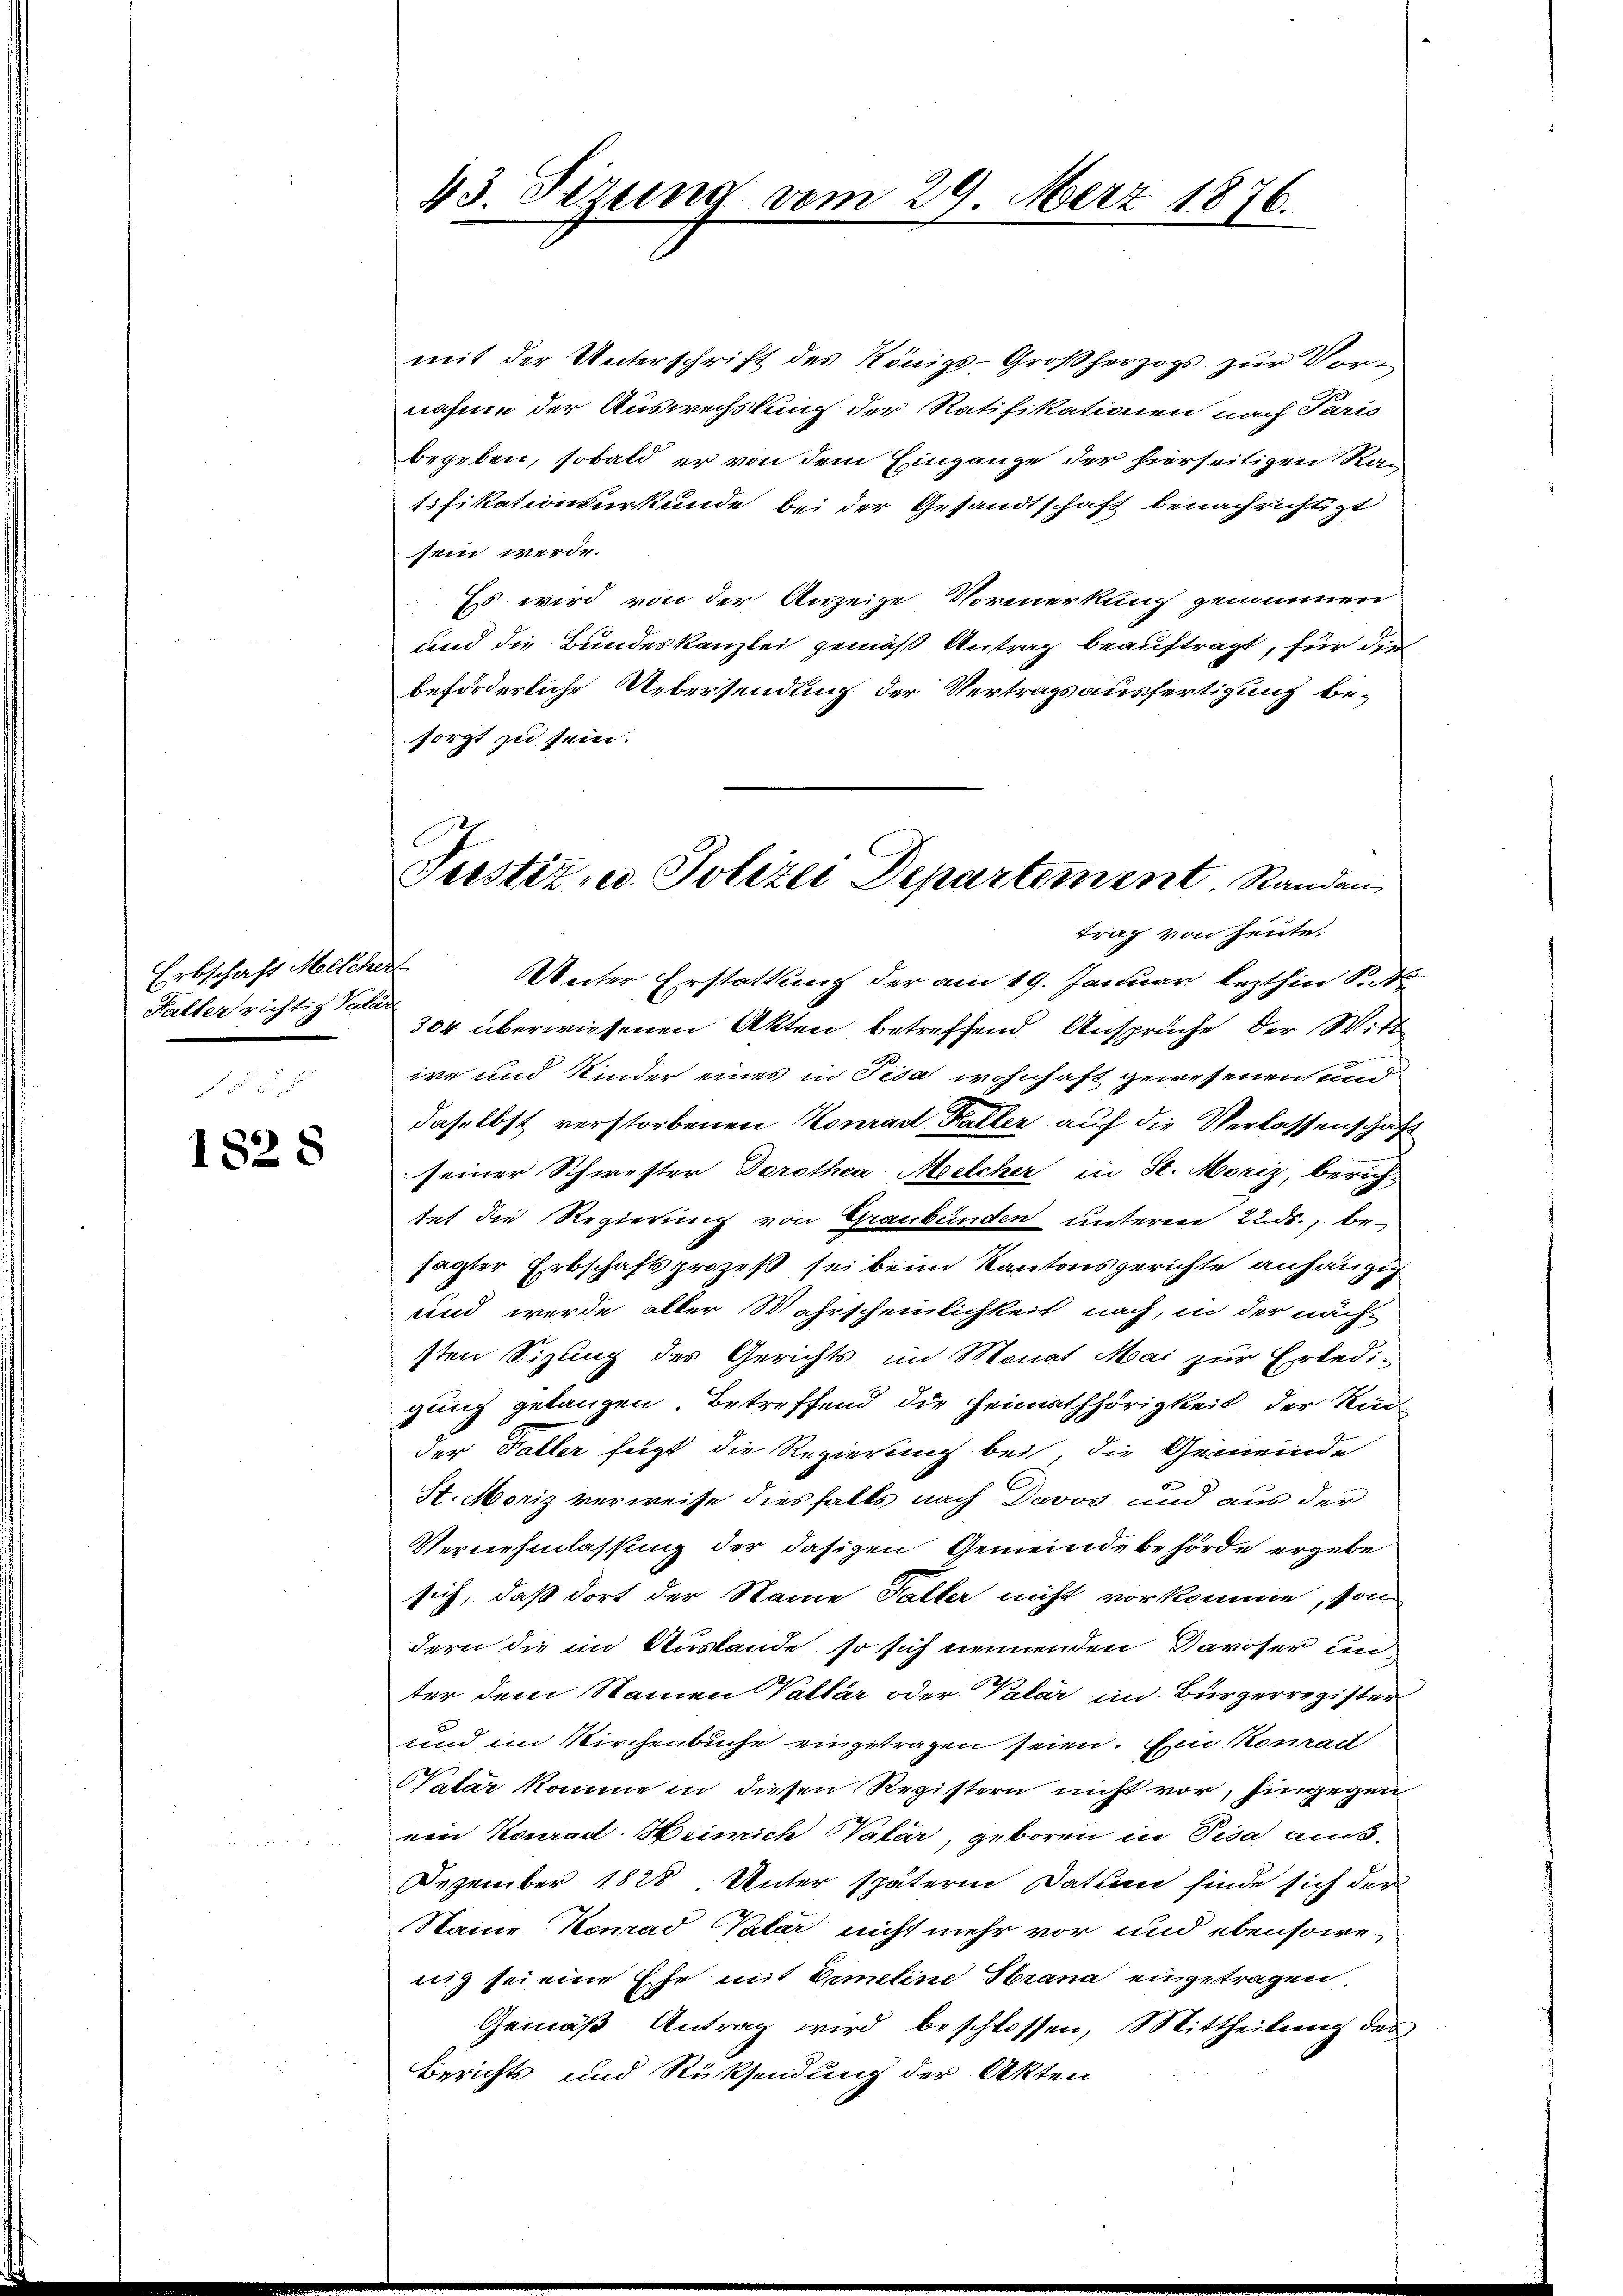
Erbschaft Melcher
Falter richtig Valan

1828

43. Sezung vom 29. März 1876.

Trestiz- u. Polizei Departement Standen
trag von heute.

mit der Unterschrift des Königs-Großherzogs zur Vornahme der Auswechslung der Ratifikationen nach Paris
begeben, sobald er von dem Eingange der hierseitigen Ratifikationsurkunde bei der Gesandtschaft benachrichtigt
sein werde.
Es wird von der Anzeige Vormerkung genommen
und die Bundeskanzlei gemäß Antrag beauftragt, für die
beförderliche Uebersendung der Vertragsausfertigung be-
sorgt zu sein.
Unter Erstattung der am 19. Januar lezthin St
304 überwiesenen Akten betreffend Ansprüche der Witt
ire und Kinder eines in Pisa wohnhaft gewesenen und
daselbst verstorbenen Konrad Haller auch die Verlassenschaft
seiner Schwester Dorothea Melcher in St. Moriz, berichtet die Regierung von Graubünden unterm 22. ds., besagter Erbschaftsprozeß sei beim Kantonsgerichte anhängig
und wurde aller Wahrscheinlichkeit nach, in der nächsten Sizung des Gerichts im Monat Mai zur Erledi-
gung getanzen. Betreffend die Heimathörigkeit der Kan
der Faller fügt die Regierung bei, die Gemeinde
St. Moriz verweise diesfalls nach Davos und aus der
Vernehmlassung der dasigen Gemeindebehörde ergebe
sich, daß dort der Name Falter nicht vorkomme, son
dern die im Auslande, so sich nennenden Davoser unter dem Namen Vallär oder Valar in Bürgerregister
und im Kirchenbuche eingetragen seien. Ein Konrad
Walar komme in diesen Registern nicht vor, hingegen
ein Konrad Weinich Valar, geboren in Pisa aus-
Dezember 1828 Unter spätern Datum finde sich der
Naine Konrad Valar nicht mehr vor und ebensowe-
nig sei eine Ehe mit Ermeline Strana eingetragen
Gemäß Antrag wird beschlossen, Mittheilung des
Berichts und Rücksendung der Akten